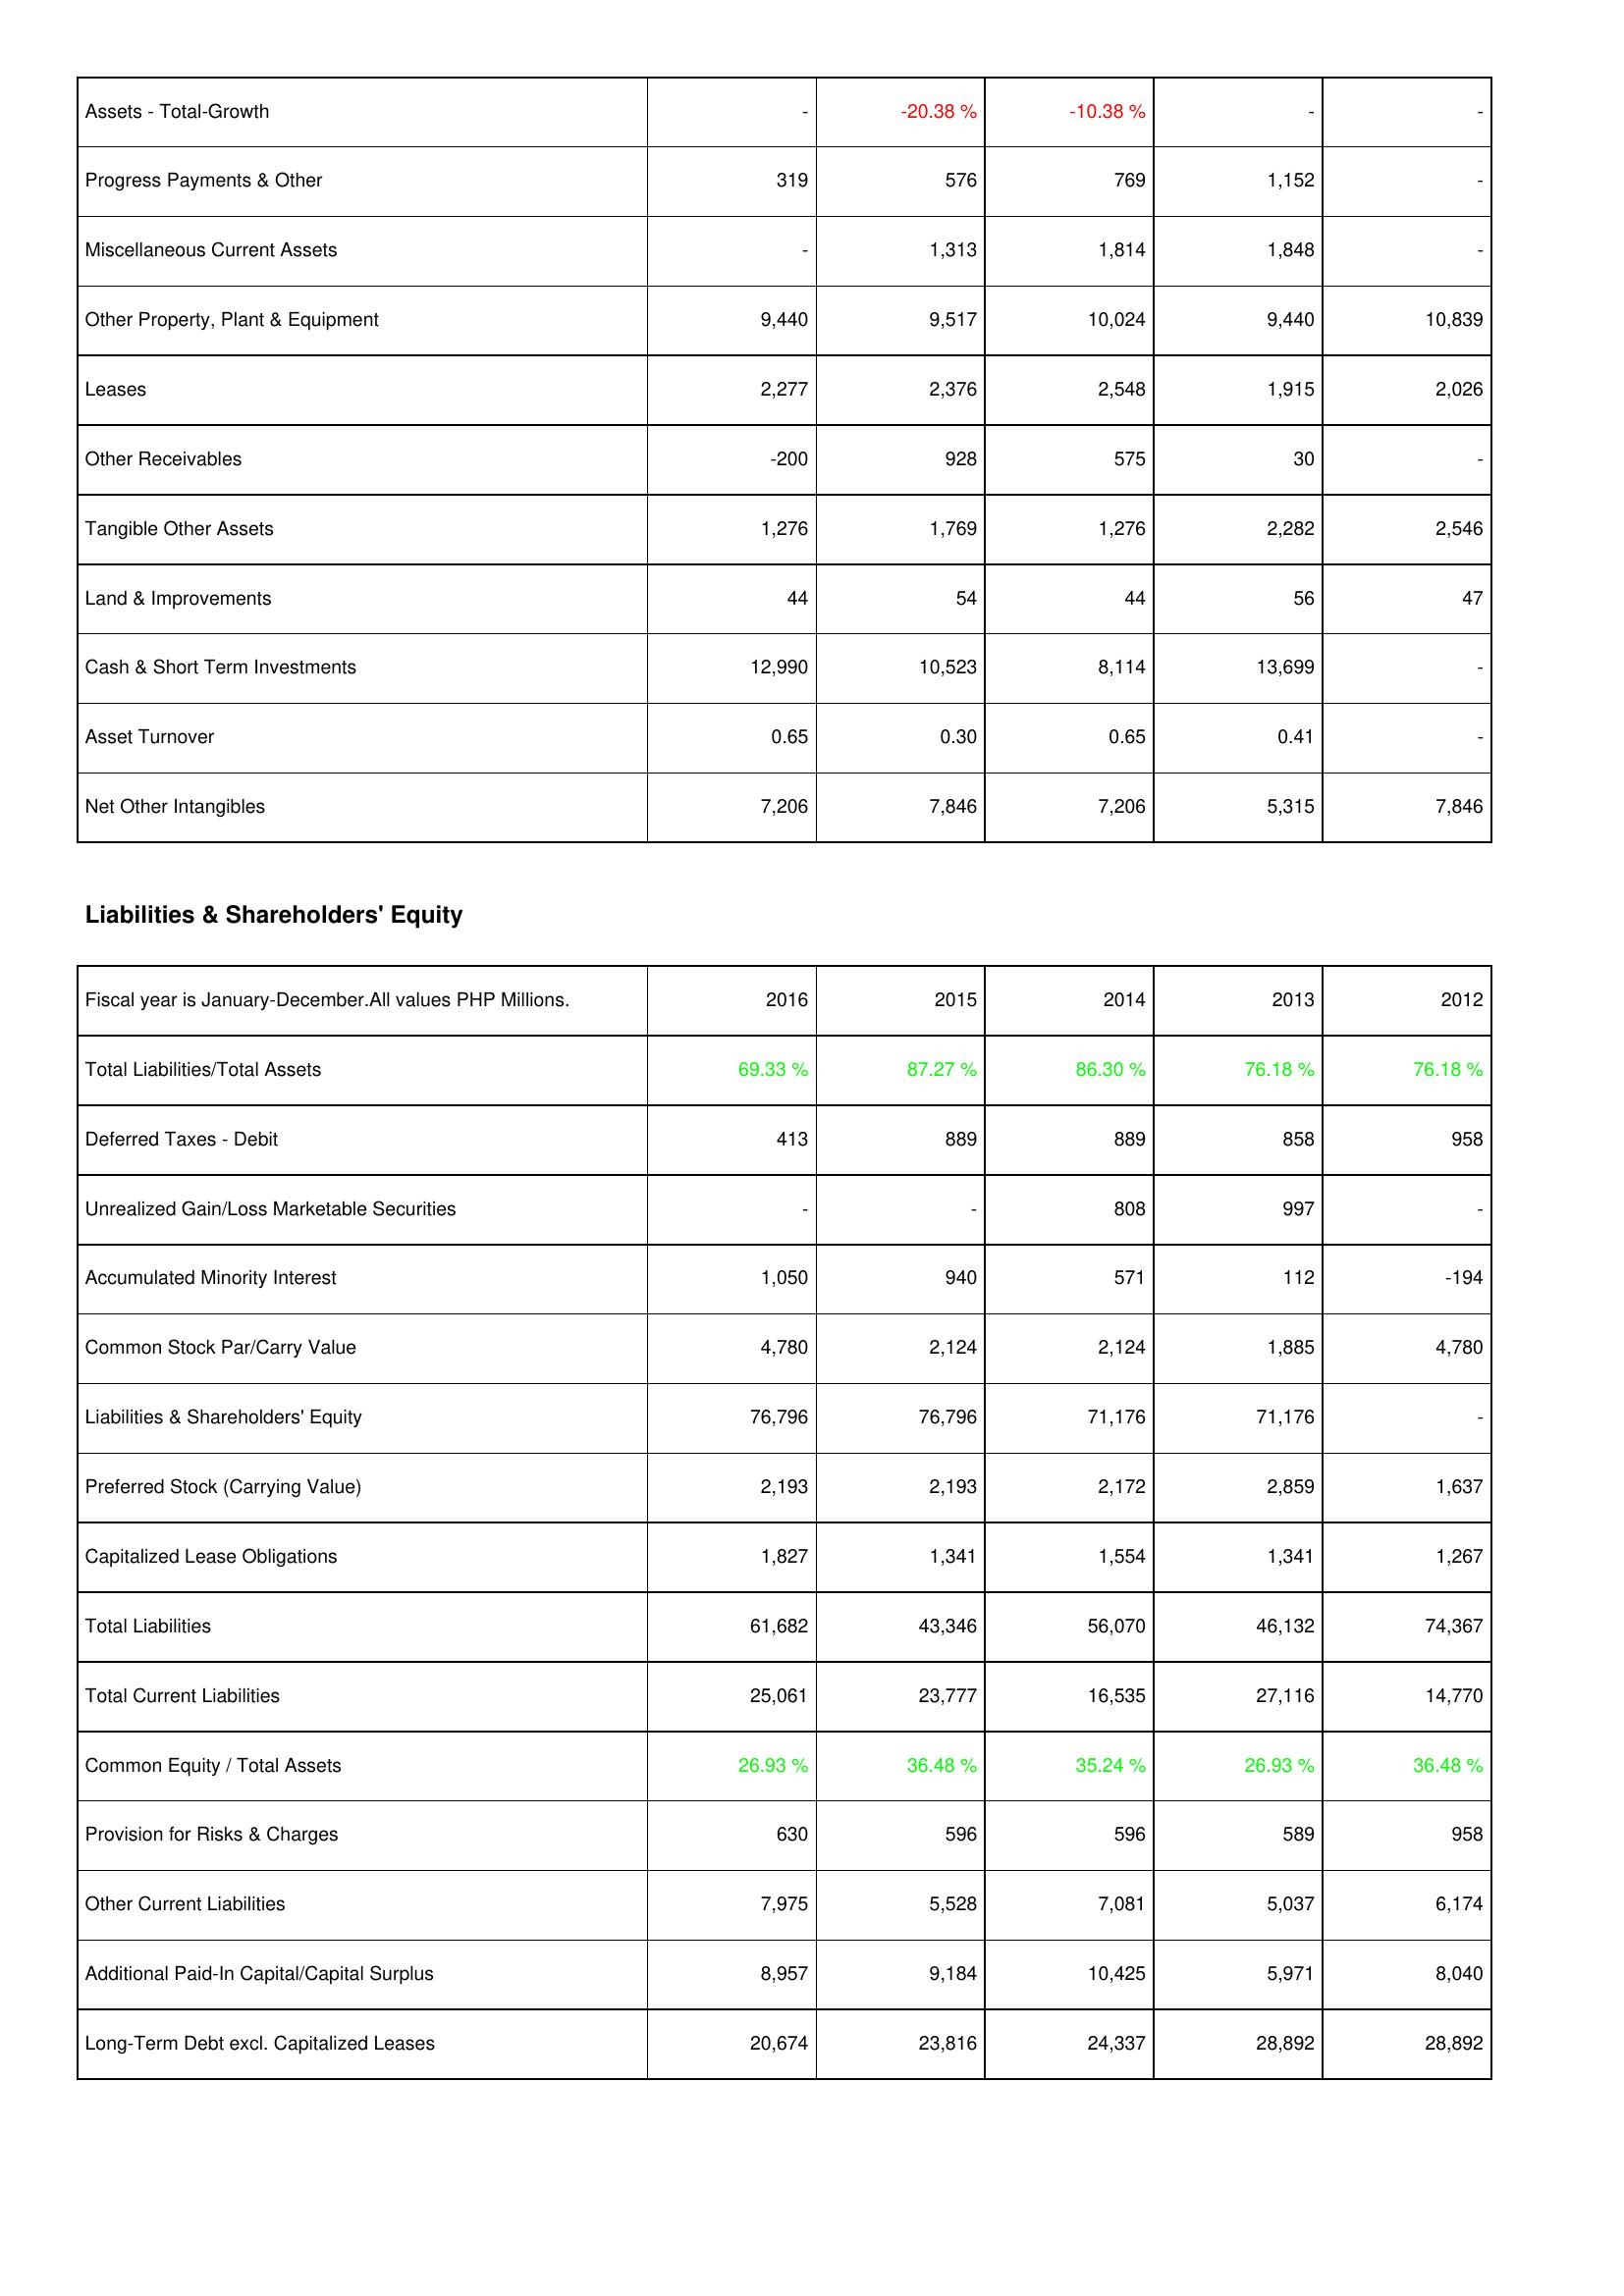
2016: Assets: Assets - Total-Growth: -
Progress Payments & Other: 319
Miscellaneous Current Assets: -
Other Property, Plant & Equipment: 9,440
Leases: 2,277
Other Receivables: -200
Tangible Other Assets: 1,276
Land & Improvements: 44
Cash & Short Term Investments: 12,990
Asset Turnover: 0.65
Net Other Intangibles: 7,206
Liabilities & Shareholders' Equity: Total Liabilities/Total Assets: 69.33 %
Deferred Taxes - Debit: 413
Unrealized Gain/Loss Marketable Securities: -
Accumulated Minority Interest: 1,050
Common Stock Par/Carry Value: 4,780
Liabilities & Shareholders' Equity: 76,796
Preferred Stock (Carrying Value): 2,193
Capitalized Lease Obligations: 1,827
Total Liabilities: 61,682
Total Current Liabilities: 25,061
Common Equity / Total Assets: 26.93 %
Provision for Risks & Charges: 630
Other Current Liabilities: 7,975
Additional Paid-In Capital/Capital Surplus: 8,957
Long-Term Debt excl. Capitalized Leases: 20,674
2015: Assets: Assets - Total-Growth: -20.38 %
Progress Payments & Other: 576
Miscellaneous Current Assets: 1,313
Other Property, Plant & Equipment: 9,517
Leases: 2,376
Other Receivables: 928
Tangible Other Assets: 1,769
Land & Improvements: 54
Cash & Short Term Investments: 10,523
Asset Turnover: 0.30
Net Other Intangibles: 7,846
Liabilities & Shareholders' Equity: Total Liabilities/Total Assets: 87.27 %
Deferred Taxes - Debit: 889
Unrealized Gain/Loss Marketable Securities: -
Accumulated Minority Interest: 940
Common Stock Par/Carry Value: 2,124
Liabilities & Shareholders' Equity: 76,796
Preferred Stock (Carrying Value): 2,193
Capitalized Lease Obligations: 1,341
Total Liabilities: 43,346
Total Current Liabilities: 23,777
Common Equity / Total Assets: 36.48 %
Provision for Risks & Charges: 596
Other Current Liabilities: 5,528
Additional Paid-In Capital/Capital Surplus: 9,184
Long-Term Debt excl. Capitalized Leases: 23,816
2014: Assets: Assets - Total-Growth: -10.38 %
Progress Payments & Other: 769
Miscellaneous Current Assets: 1,814
Other Property, Plant & Equipment: 10,024
Leases: 2,548
Other Receivables: 575
Tangible Other Assets: 1,276
Land & Improvements: 44
Cash & Short Term Investments: 8,114
Asset Turnover: 0.65
Net Other Intangibles: 7,206
Liabilities & Shareholders' Equity: Total Liabilities/Total Assets: 86.30 %
Deferred Taxes - Debit: 889
Unrealized Gain/Loss Marketable Securities: 808
Accumulated Minority Interest: 571
Common Stock Par/Carry Value: 2,124
Liabilities & Shareholders' Equity: 71,176
Preferred Stock (Carrying Value): 2,172
Capitalized Lease Obligations: 1,554
Total Liabilities: 56,070
Total Current Liabilities: 16,535
Common Equity / Total Assets: 35.24 %
Provision for Risks & Charges: 596
Other Current Liabilities: 7,081
Additional Paid-In Capital/Capital Surplus: 10,425
Long-Term Debt excl. Capitalized Leases: 24,337
2013: Assets: Assets - Total-Growth: -
Progress Payments & Other: 1,152
Miscellaneous Current Assets: 1,848
Other Property, Plant & Equipment: 9,440
Leases: 1,915
Other Receivables: 30
Tangible Other Assets: 2,282
Land & Improvements: 56
Cash & Short Term Investments: 13,699
Asset Turnover: 0.41
Net Other Intangibles: 5,315
Liabilities & Shareholders' Equity: Total Liabilities/Total Assets: 76.18 %
Deferred Taxes - Debit: 858
Unrealized Gain/Loss Marketable Securities: 997
Accumulated Minority Interest: 112
Common Stock Par/Carry Value: 1,885
Liabilities & Shareholders' Equity: 71,176
Preferred Stock (Carrying Value): 2,859
Capitalized Lease Obligations: 1,341
Total Liabilities: 46,132
Total Current Liabilities: 27,116
Common Equity / Total Assets: 26.93 %
Provision for Risks & Charges: 589
Other Current Liabilities: 5,037
Additional Paid-In Capital/Capital Surplus: 5,971
Long-Term Debt excl. Capitalized Leases: 28,892
2012: Assets: Assets - Total-Growth: -
Progress Payments & Other: -
Miscellaneous Current Assets: -
Other Property, Plant & Equipment: 10,839
Leases: 2,026
Other Receivables: -
Tangible Other Assets: 2,546
Land & Improvements: 47
Cash & Short Term Investments: -
Asset Turnover: -
Net Other Intangibles: 7,846
Liabilities & Shareholders' Equity: Total Liabilities/Total Assets: 76.18 %
Deferred Taxes - Debit: 958
Unrealized Gain/Loss Marketable Securities: -
Accumulated Minority Interest: -194
Common Stock Par/Carry Value: 4,780
Liabilities & Shareholders' Equity: -
Preferred Stock (Carrying Value): 1,637
Capitalized Lease Obligations: 1,267
Total Liabilities: 74,367
Total Current Liabilities: 14,770
Common Equity / Total Assets: 36.48 %
Provision for Risks & Charges: 958
Other Current Liabilities: 6,174
Additional Paid-In Capital/Capital Surplus: 8,040
Long-Term Debt excl. Capitalized Leases: 28,892